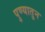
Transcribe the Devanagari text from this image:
पुण्यातुन